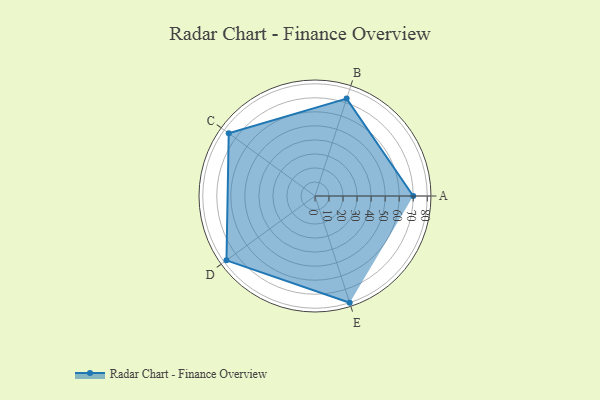
{"axis": {"x": "Skill", "y": "Score"}, "legend": ["Profile"], "data": [{"x": "A", "y": 70.0, "type": "Profile"}, {"x": "B", "y": 73.0, "type": "Profile"}, {"x": "C", "y": 76.0, "type": "Profile"}, {"x": "D", "y": 78.0, "type": "Profile"}, {"x": "E", "y": 80.0, "type": "Profile"}]}